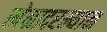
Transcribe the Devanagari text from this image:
खेळादरम्यान